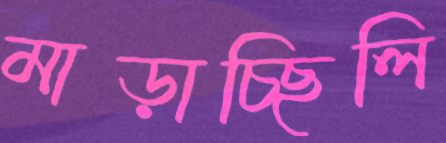
মাড়াচ্ছিলি